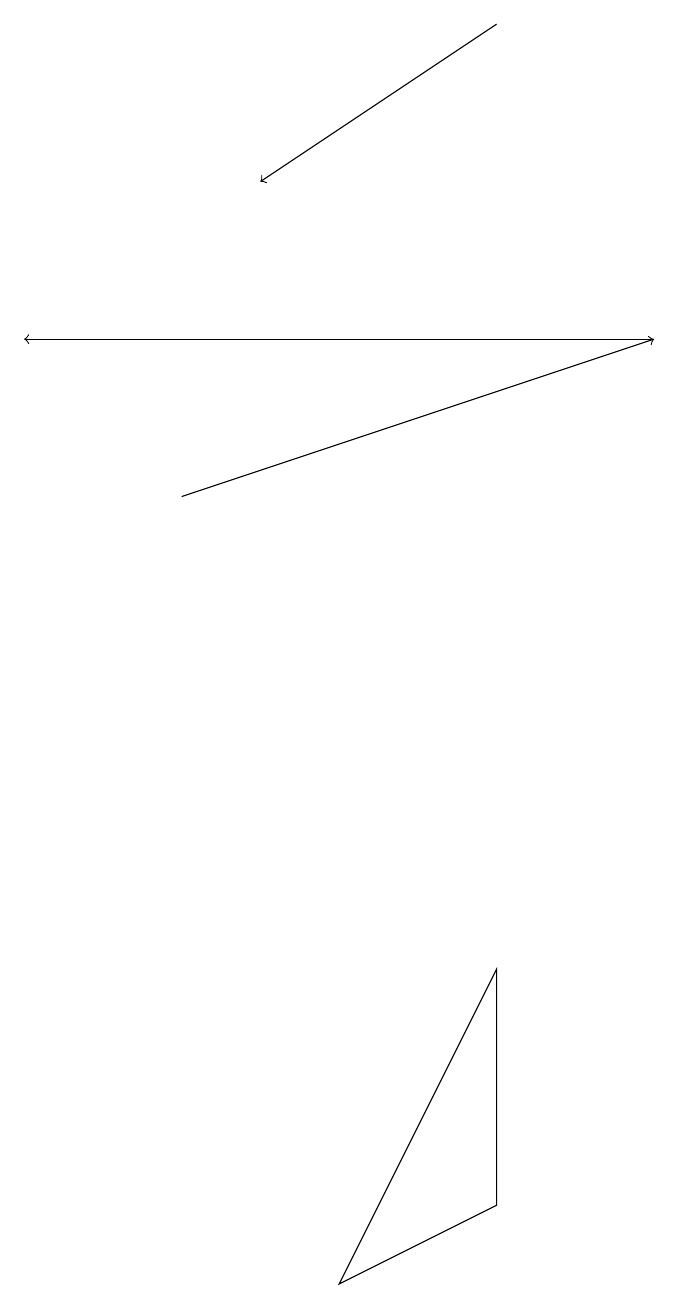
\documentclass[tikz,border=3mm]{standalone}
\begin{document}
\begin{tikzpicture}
\draw[->] (7,16) -- (4,14);
\draw (7,1) -- (7,4) -- (5,0) -- cycle;
\draw[->] (9,12) -- (1,12);
\draw[->] (3,10) -- (9,12);
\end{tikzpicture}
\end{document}